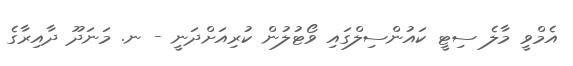
އެމްވީ މާލެ ސިޓީ ކައުންސިލްގައި ވޯޓުލުން ކުރިއަށްދަނީ - ނ. މަނަދޫ ދާއިރާގެ